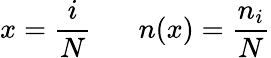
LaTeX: x=\frac{i}{N}\; \; \; \; \; \; n(x)=\frac{n_{i}}{N}